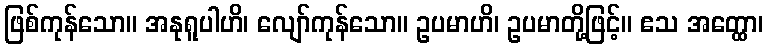
ဖြစ်ကုန်သော။ အနုရူပါဟိ၊ လျော်ကုန်သော။ ဥပမာဟိ၊ ဥပမာတို့ဖြင့်။ ဧသ အတ္ထော၊